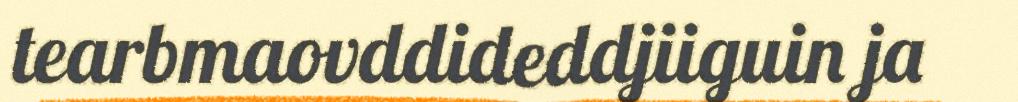
tearbmaovddideddjiiguin ja